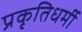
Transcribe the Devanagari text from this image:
प्रकृतिधर्मी